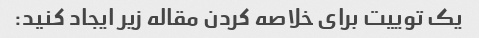
یک توییت برای خلاصه کردن مقاله زیر ایجاد کنید: